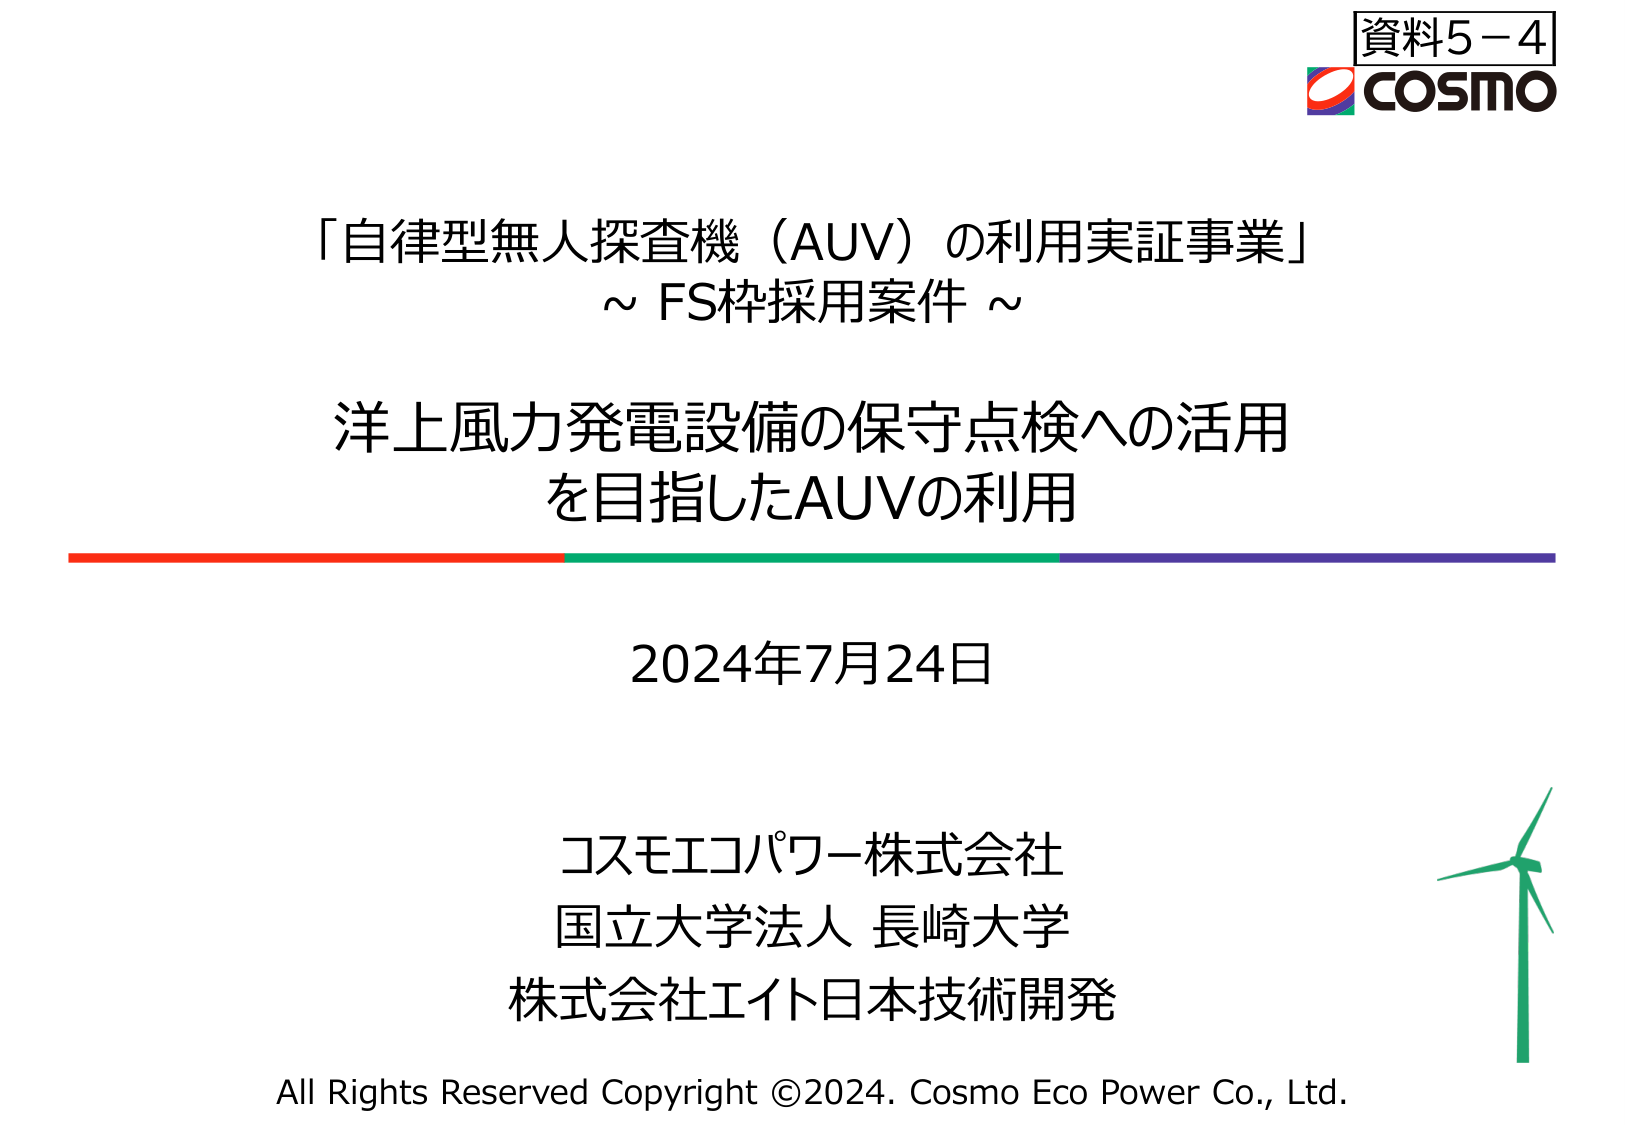
資料5－4
COSMO
「自律型無人探査機（AUV）の利用実証事業」
～ FS枠採用案件 ～
洋上風力発電設備の保守点検への活用
を目指したAUVの利用
2024年7月24日
コスモエコパワー株式会社
国立大学法人 長崎大学
株式会社エイト日本技術開発
All Rights Reserved Copyright ©2024. Cosmo Eco Power Co., Ltd.